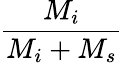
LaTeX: \frac{M_{i}}{M_{i}+M_{s}}